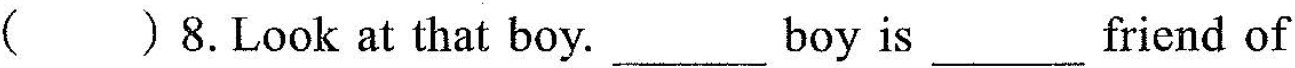
( )8.Look at that boy.___boy is___friend of